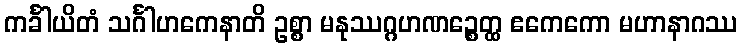
ကင်္ခါယိတံ သင်္ဂါဟကေနာတိ ဥစ္စာ မနုဿဂ္ဂဟဏဉ္စေတ္ထ ဧကေကော မဟာနာဂဿ